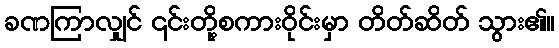
ခဏကြာလျှင် ၎င်းတို့စကားဝိုင်းမှာ တိတ်ဆိတ် သွား၏။